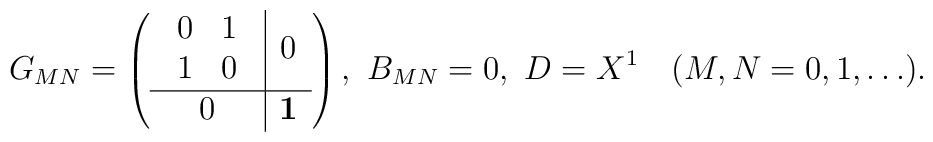
G_{MN}=\left( \begin{array}{c|c}\begin{array}{cc}0 & 1 \\ 1 & 0\end{array} & 0\\\hline0 & \mbox{{\bf 1}}\end{array}\right),\ B_{MN}=0,\ D = X^1\quad (M,N=0,1,\dots).